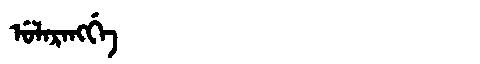
Manchu: ᡠᠯᠠᡵᠠᠩᡤᡝ
Romanization: ULARANGGE